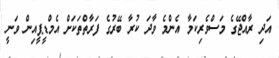
އަދި ރާއްޖޭގެ މަސްވެރިކަމާ އެންމެ ވާދަ ކުރާ ބޭރުގެ ފަރާތްތަކަށް އެމްޑީޕީއިން ވަނީ